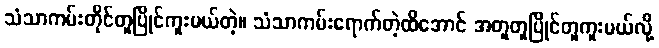
သံသာကမ်းတိုင်တူပြိုင်ကူးမယ်တဲ့။ သံသာကမ်းရောက်တဲ့ထိအောင် အတူတူပြိုင်တူကူးမယ်လို့